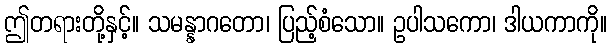
ဤတရားတို့နှင့်။ သမန္နာဂတော၊ ပြည့်စံသော။ ဥပါသကော၊ ဒါယကာကို။